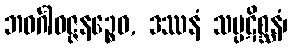
ဘဝင်္ဂါဝဇ္ဇနဉ္စေဝ, ဒဿနံ သမ္ပဋိစ္ဆနံ၊